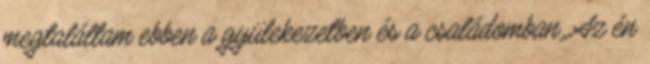
megtaláltam ebben a gyülekezetben és a családomban. Az én